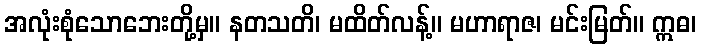
အလုံးစုံသောဘေးတို့မှ။ နတသတိ၊ မထိတ်လန့်။ မဟာရာဇ၊ မင်းမြတ်။ ဣဓ၊